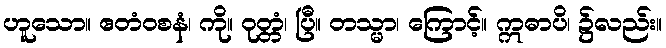
ဟူသော။ ဧတံဝစနံ၊ ကို။ ဝုတ္တံ၊ ပြီ။ တသ္မာ၊ ကြောင့်။ ဣဓာပိ၊ ၌လည်း။